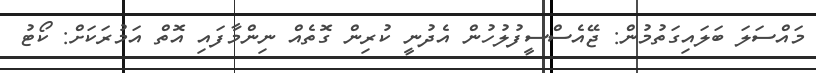
މައްސަލަ ބަލައިގަތުމުން: ޖޭއެސްސީފުލުހުން އެދުނީ ކުރިން ގޮތެއް ނިންމާފައި އޮތް އަމުރަކަށް: ކޯޓު